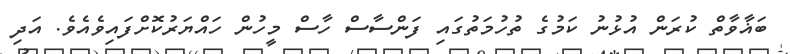
ބަޣާވާތް ކުރަން އުޅުނު ކަމުގެ ތުހުމަތުގައި ފަންސާސް ހާސް މީހުން ހައްޔަރުކޮށްފައިވެއެވެ. އަދި